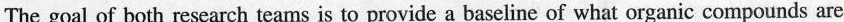
The goal of both research teams is to provide a baseline of what organic compounds are